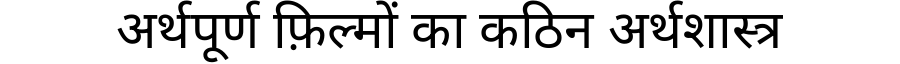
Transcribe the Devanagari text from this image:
अर्थपूर्ण फ़िल्मों का कठिन अर्थशास्त्र